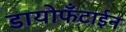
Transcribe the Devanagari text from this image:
डायोफँटाईन